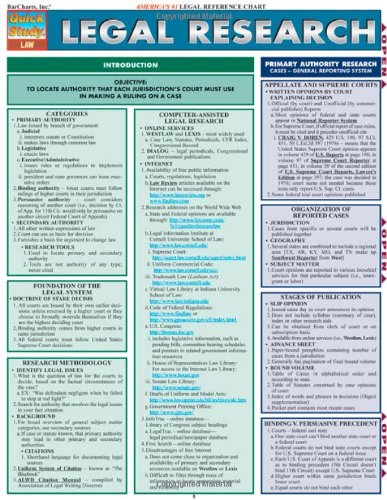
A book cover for Legal Research (Quickstudy: Law); Inc. BarCharts; Law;